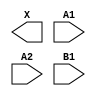
module sky130_fd_sc_hs__a21o (
    X ,
    A1,
    A2,
    B1
);

    output X ;
    input  A1;
    input  A2;
    input  B1;

    // Voltage supply signals
    supply1 VPWR;
    supply0 VGND;

endmodule